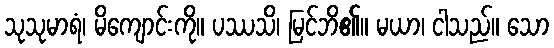
သုသုမာရံ၊ မိကျောင်းကို။ ပဿသိ၊ မြင်ဘိ၏။ မယာ၊ ငါသည်။ သော